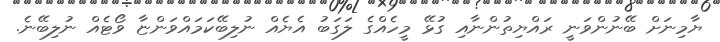
ޔާމިނަށް ބޭނުންވަނީ ރައްޔިތުންނާއި ގުޅޭ މީހެއްގެ ލަގަބު އެޔެއް ނުލިބޭކަމައްވަންޏާ ވޯޓެއް ނުލިބޭނެ.